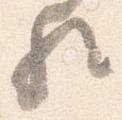
歟